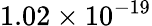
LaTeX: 1.02\times 10^{-19}